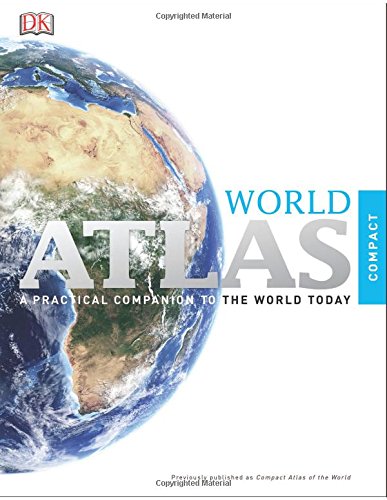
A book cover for Compact Atlas of the World: 6th Edition (Compact World Atlas); DK; Reference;